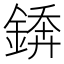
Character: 𨪻